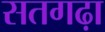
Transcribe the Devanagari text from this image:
सतगढ़ा